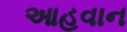
આહવાન